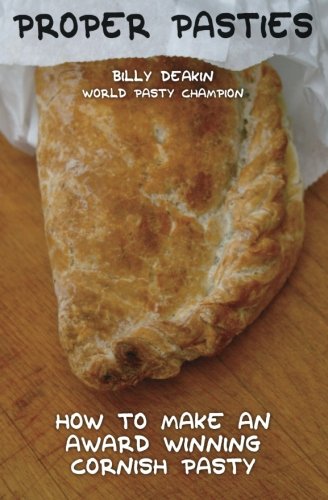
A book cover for Proper Pasties: How To Make An Award Winning Cornish Pasty; Billy Deakin; Cookbooks, Food & Wine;